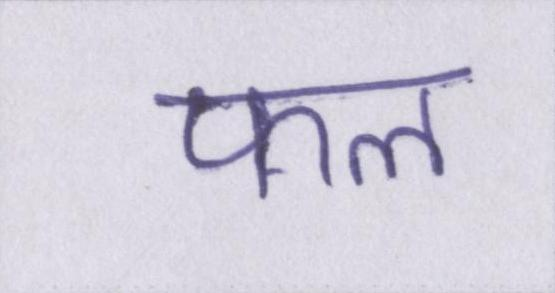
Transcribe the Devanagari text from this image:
फल